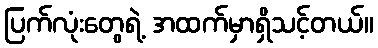
ပြက်လုံးတွေရဲ့ အထက်မှာရှိသင့်တယ်။